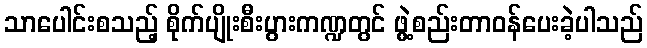
သာပေါင်းစသည့် စိုက်ပျိုးစီးပွားကဏ္ဍတွင် ဖွဲ့စည်းတာဝန်ပေးခဲ့ပါသည်